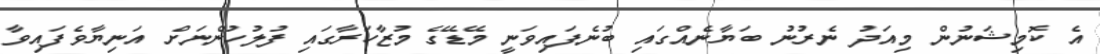
އެ ކޮމިޝަނުން މިއަދު ނެރުނު ބަޔާނެއްގައި ބުނެފައިވަނީ މޭޑޭގެ މުޒާހަރާގައި ފުލުހުންނަށް އަނިޔާވެފައިވާ